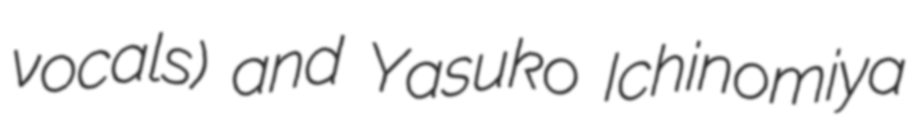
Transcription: vocals) and Yasuko Ichinomiya